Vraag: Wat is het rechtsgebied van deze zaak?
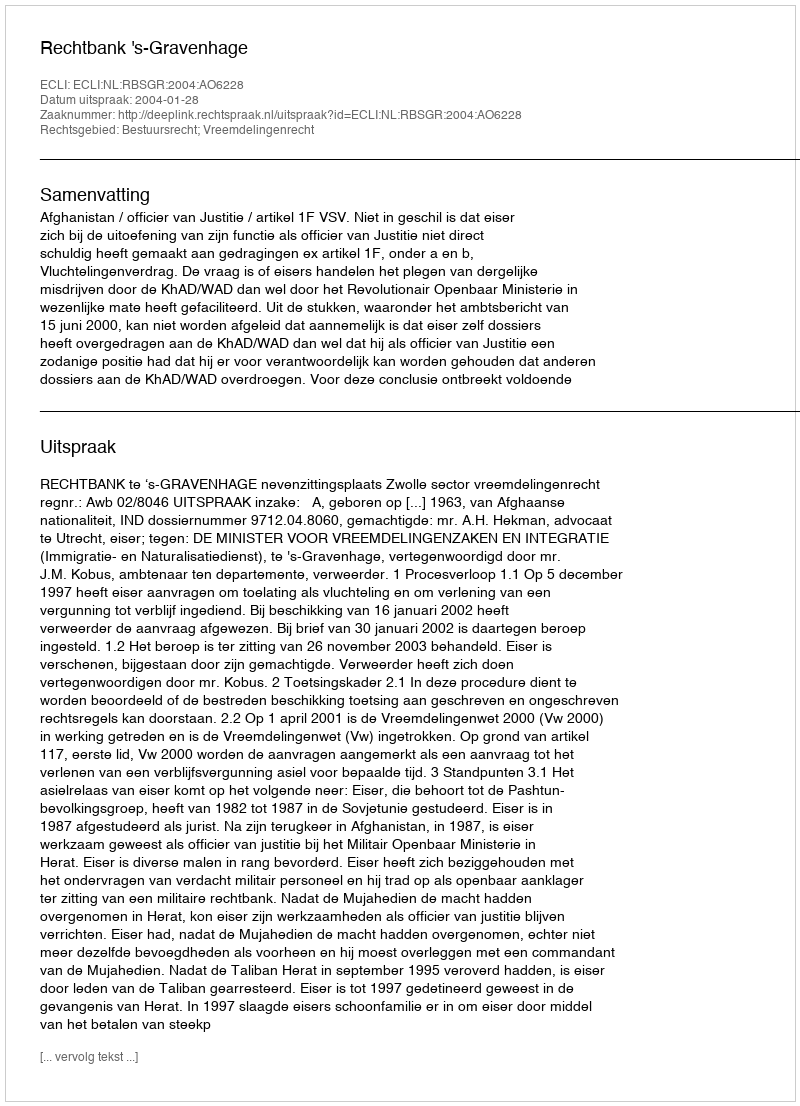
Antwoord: Bestuursrecht; Vreemdelingenrecht